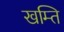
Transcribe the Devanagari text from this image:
खम्ति